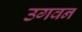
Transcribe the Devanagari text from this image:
उगवन